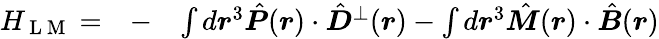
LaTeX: \begin{array}{rlr}{H_{\mathrm{~L~M~}}=}&{{}-}&{\int d\boldsymbol r^{3}\hat{\boldsymbol P}(\boldsymbol r)\cdot\hat{\boldsymbol D}^{\perp}(\boldsymbol r)-\int d\boldsymbol r^{3}\hat{\boldsymbol M}(\boldsymbol r)\cdot\hat{\boldsymbol B}(\boldsymbol r)}\end{array}